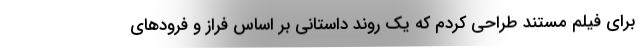
برای فیلم مستند طراحی کردم که یک روند داستانی بر اساس فراز و فرودهای